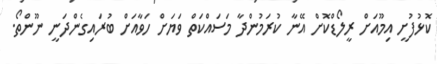
ކޮޅުފުށީ އިމޫއަށް ރީލޯޑްކޮށް އޭނާ ކުރަމުންދާ މަސައްކަތް ވަޔަށް ހަވާއަށް ބުރައިގެންދަނީ ނޫންތޯ.